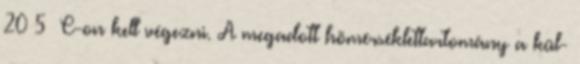
20±5 °C-on kell végezni. A megadott hõmérséklettartomány a kül-